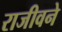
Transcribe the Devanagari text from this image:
राजीवने